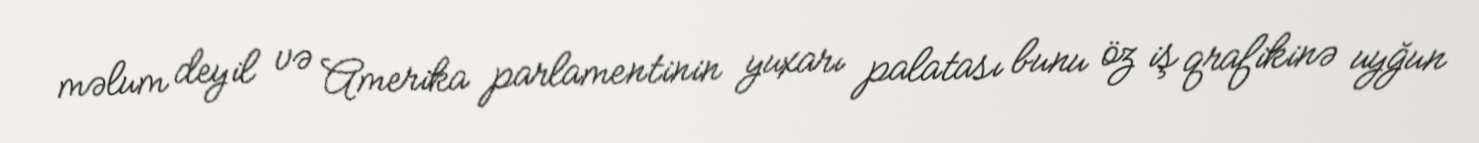
məlum deyil və Amerika parlamentinin yuxarı palatası bunu öz iş qrafikinə uyğun